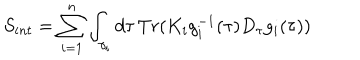
S _ { i n t } = \sum _ { i = 1 } ^ { n } \int _ { \gamma _ { i } } d \tau \, T r ( K _ { i } g _ { i } ^ { - 1 } ( \tau ) D _ { \tau } g _ { i } ( \tau ) )